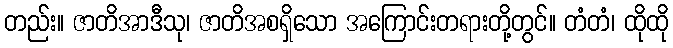
တည်း။ ဇာတိအာဒီသု၊ ဇာတိအစရှိသော အကြောင်းတရားတို့တွင်။ တံတံ၊ ထိုထို